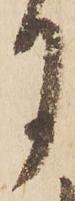
月